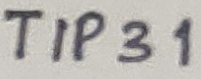
Text: TIP31